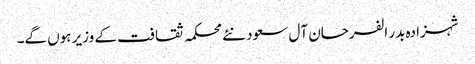
شہزادہ بدر الفرحان آل سعود نئے محکمہ ثقافت کے وزیر ہوں گے۔